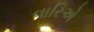
વારિએ